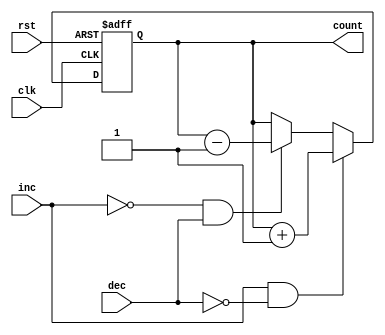
module GrayCounter (
    input wire clk,
    input wire rst,
    input wire inc,
    input wire dec,
    output reg [3:0] count
);

reg [3:0] next_count;

always @(posedge clk or posedge rst) begin
    if (rst) begin
        count <= 4'd0;
    end else begin
        count <= next_count;
    end
end

always @(*) begin
    if (inc && !dec) begin
        next_count = count + 1;
    end else if (!inc && dec) begin
        next_count = count - 1;
    end else begin
        next_count = count;
    end
end

endmodule